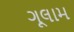
ગૂલામ